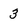
Character: 3